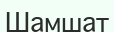
Шамшат